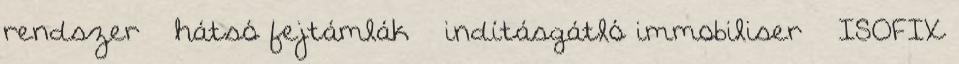
rendszer – hátsó fejtámlák – indításgátló immobiliser – ISOFIX